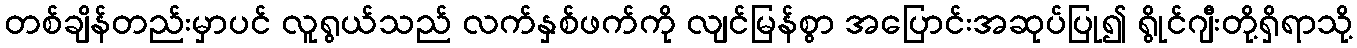
တစ်ချိန်တည်းမှာပင် လူရွယ်သည် လက်နှစ်ဖက်ကို လျင်မြန်စွာ အပြောင်းအဆုပ်ပြု၍ ရွိုင်ဂျီးတို့ရှိရာသို့